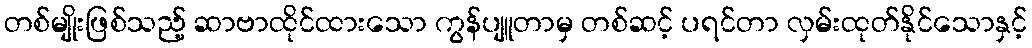
တစ်မျိုးဖြစ်သည့် ဆာဗာထိုင်ထားသော ကွန်ပျူတာမှ တစ်ဆင့် ပရင်တာ လှမ်းထုတ်နိုင်သောနှင့်